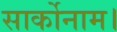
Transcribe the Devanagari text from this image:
सार्कोनाम।